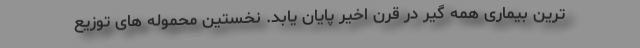
ترین بیماری همه گیر در قرن اخیر پایان یابد. نخستین محموله های توزیع